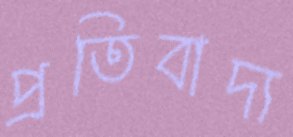
প্রতিবাদ্য